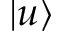
| u \rangle